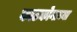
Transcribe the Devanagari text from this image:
काटकोनाच्या